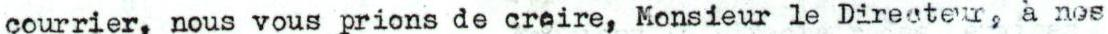
courrier, nous vous prions de creire, Monsieur le Directeur, à nos